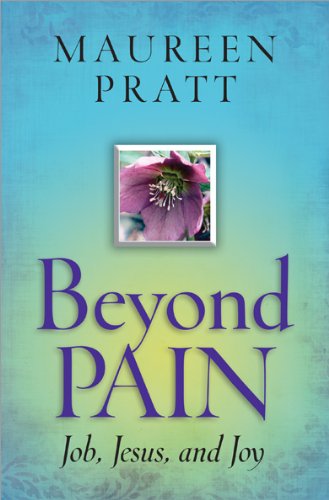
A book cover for Beyond Pain: Job, Jesus, and Joy; Maureen Pratt; Health, Fitness & Dieting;